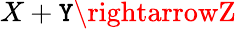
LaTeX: X+\mathtt{Y}\rightarrowZ